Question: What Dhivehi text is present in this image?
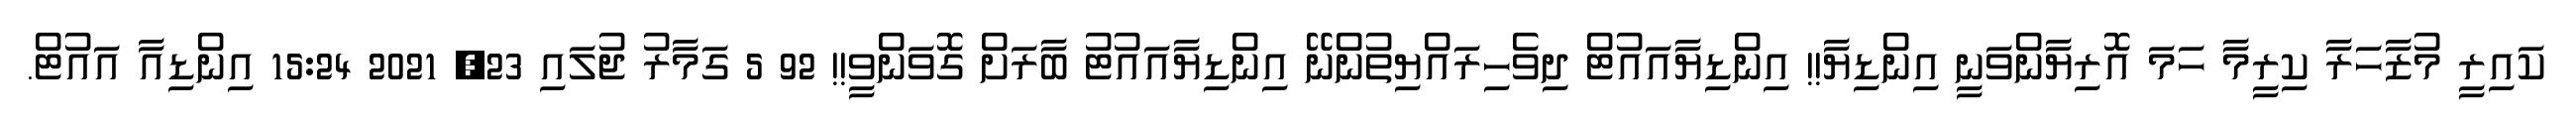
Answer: ކައިރީ މުޒާހަރާ ކިރީމާ ހަމަ އޮރިޔާންވަނީ އިންޑިޔާ!! އިންޑިޔާއައުޓް ދިވެހިރައްޔިތުންނޭ އިންޑިޔާއައުޓު ބާރަށް ގޮވަންވީ!! 92 5 ގަމާރު ޖުލައި 23, 2021 15:24 އިންޑިއާ އައުޓް.